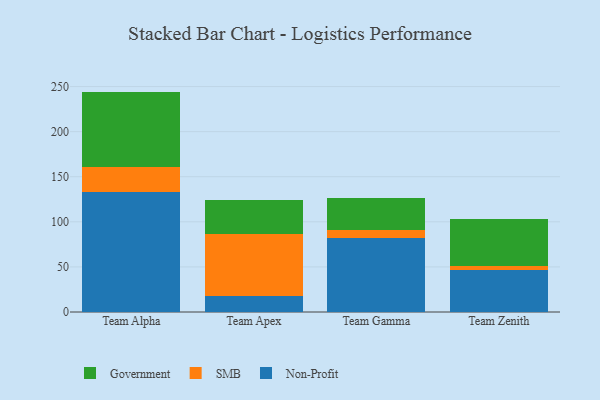
{"axis": {"x": "Team", "y": "Tickets Resolved"}, "legend": ["Government", "Non-Profit", "SMB"], "data": [{"x": "Team Alpha", "y": 133.1, "type": "Non-Profit"}, {"x": "Team Alpha", "y": 28.2, "type": "SMB"}, {"x": "Team Alpha", "y": 83.1, "type": "Government"}, {"x": "Team Apex", "y": 17.5, "type": "Non-Profit"}, {"x": "Team Apex", "y": 69.5, "type": "SMB"}, {"x": "Team Apex", "y": 37.3, "type": "Government"}, {"x": "Team Gamma", "y": 81.9, "type": "Non-Profit"}, {"x": "Team Gamma", "y": 8.8, "type": "SMB"}, {"x": "Team Gamma", "y": 36.0, "type": "Government"}, {"x": "Team Zenith", "y": 46.1, "type": "Non-Profit"}, {"x": "Team Zenith", "y": 5.3, "type": "SMB"}, {"x": "Team Zenith", "y": 51.4, "type": "Government"}]}